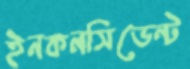
ইনকনসিডেন্ট